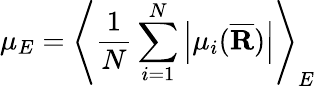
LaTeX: \mu_{E}=\left<\frac{1}{N}\sum_{i=1}^{N}\left|\mu_{i}(\overline{{\textbf{R}}})\right|\right>_{E}